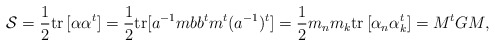
\begin{align*}{\cal S}={1\over 2}{\rm tr}\, [\alpha\alpha^t]={1\over 2}{\rm tr}[a^{-1}mbb^tm^t(a^{-1})^t]={1\over 2}m_nm_k{\rm tr}\,[\alpha_n\alpha^t_k]=M^tGM,\end{align*}